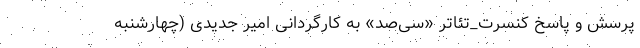
پرسش و پاسخ کنسرت_تئاتر «سی‌صد» به کارگردانی امیر جدیدی (چهارشنبه